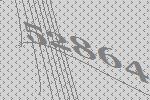
52864